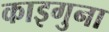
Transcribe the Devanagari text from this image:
काइगुना